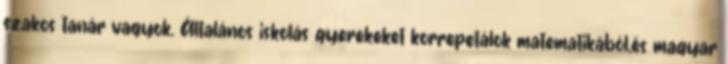
szakos tanár vagyok. Általános iskolás gyerekeket korrepetálok matematikából,és magyar